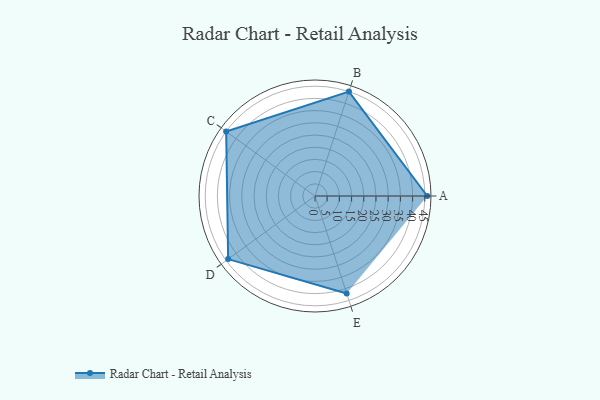
{"axis": {"x": "Skill", "y": "Score"}, "legend": ["Profile"], "data": [{"x": "A", "y": 46.0, "type": "Profile"}, {"x": "B", "y": 45.0, "type": "Profile"}, {"x": "C", "y": 45.0, "type": "Profile"}, {"x": "D", "y": 44.0, "type": "Profile"}, {"x": "E", "y": 42.0, "type": "Profile"}]}